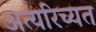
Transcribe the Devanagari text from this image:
अत्यरिच्यत